Civil Veterinary Dept. North-West Frontier Province 1901-22 - 1901-1922
Year: 1901
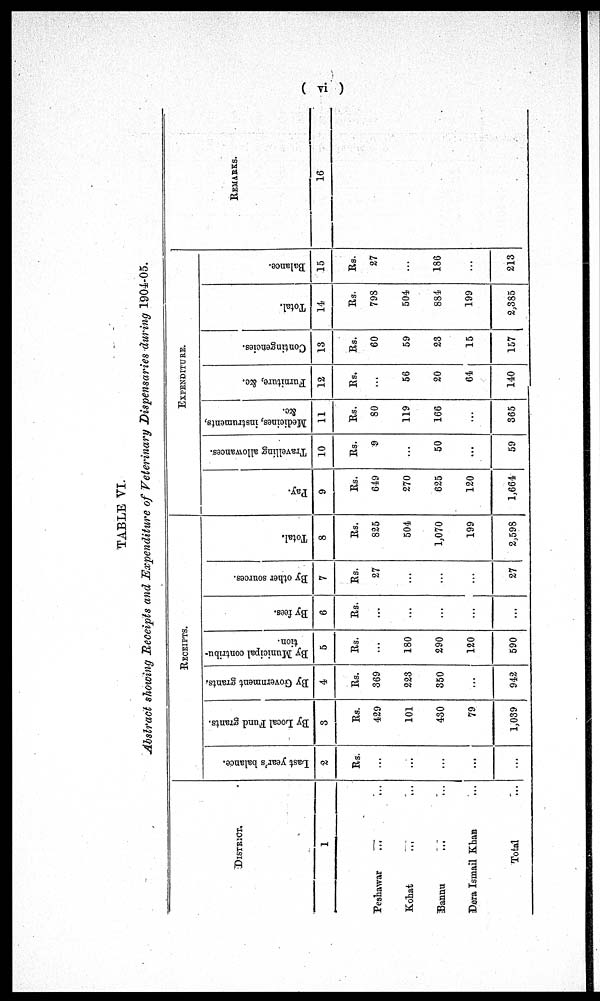
(vi)
TABLE VI.
Abstract showing Receipts and Expenditure of Veterinary Dispensaries during 1901-05.
DISTRICT.
1
Peshawar
... ...
Kohat
...
...
Bannu ... ...
Dera Ismail Khan ...
Total ...
RECEIPTS.
Last year's balance.
2
Rs.
...
...
...
...
...
By Local Fund grants.
3
Rs.
429
101
430
79
1,039
By Government grants.
4
Rs.
369
223
350
...
942
By Municipal contribu-
tion.
5
Rs.
...
180
290
120
590
By fees.
6
Rs.
...
...
...
...
...
By other sources.
7
Rs.
27
...
...
...
27
Total.
8
Rs.
825
504
1,070
199
2,598
EXPENDITURE.
Pay.
9
Rs.
649
270
625
120
1,664
Travelling allowances.
10
Rs.
9
...
50
...
59
Medicines, instruments,
&c.
11
Rs.
80
119
166
...
365
Furniture, &c.
12
Rs.
...
56
20
64
140
Contingencies.
13
Rs.
60
59
23
15
157
Total.
14
Rs.
798
504
881
199
2,385
Balance.
15
Rs.
27
...
186
...
213
REMARKS.
16